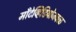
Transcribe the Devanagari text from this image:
मॉँटेव्हिडियोजवळ